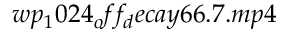
w p _ { 1 } 0 2 4 _ { o } f f _ { d } e c a y 6 6 . 7 . m p 4